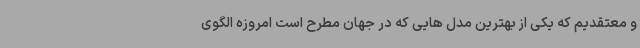
و معتقدیم که یکی از بهترین مدل هایی که در جهان مطرح است امروزه الگوی